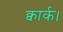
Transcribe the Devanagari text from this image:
क्वार्क।